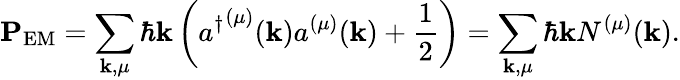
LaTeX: \mathbf{P}_{\textrm{EM}}=\sum_{\mathbf{k},\mu}\hbar\mathbf{k}\left({a^{\dagger}}^{(\mu)}(\mathbf{k})a^{(\mu)}(\mathbf{k})+{\frac{1}{2}}\right)=\sum_{\mathbf{k},\mu}\hbar\mathbf{k}N^{(\mu)}(\mathbf{k}).